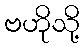
ဗဟိုသို့